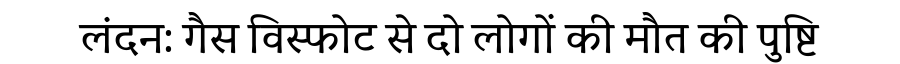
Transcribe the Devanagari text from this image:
लंदन: गैस विस्फोट से दो लोगों की मौत की पुष्टि